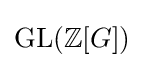
\operatorname {GL} (\mathbb {Z} [G])